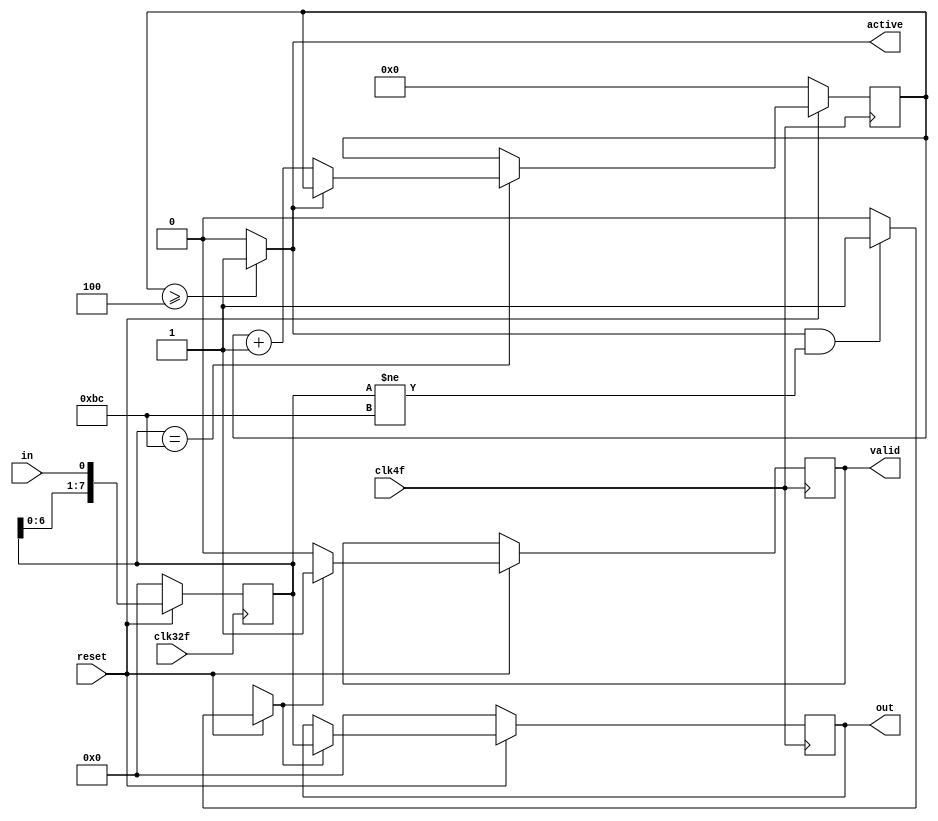
`timescale 1ns / 1ps


//////////////////////////////////////////////////////////////////////////////////
// Company: U.C.R E.I.E
// 
// Design Name: Serial to parallel Module 
// Module Name: Serial to parallel Module 
// Project Name: PHY Layer PCIe
// Target Devices: PCIe
// Tool Versions: Yosys 0.9 Iverolg release at 2020
// Description: 
// Dependencies:
// 
// Revision: 1.0  all good 
// Revision 0.01 - File Created
// Additional Comments: 
// 
//////////////////////////////////////////////////////////////////////////////////


module serieparalelo(
    
    // INPUTS
    input wire in,                          // entradas de 1 bit a 32f
    input wire clk32f,                      // f max
    input wire clk4f,                       // f del paralelo 32f/8 datos = 4f
    input wire reset,
    // OUTPUTS
    output reg [7:0] out,
    output reg valid,                            // salida dato valido
    output reg active
);   
    // INTERNAL/AUXILIARY
    reg [7:0] register;             // registro de datos de entrada a enviar
    reg [3:0] BC_counter;           // contador de Palabras BC 
    //reg active;                     // indica comunicacin activa entre los modulos
    reg valido;                      // valid del dato de salida
    
    always @( posedge clk32f ) begin
        if (~reset) begin
            register    <=  0;
        end else begin 
            register  <=  {register[6:0], in};  // registro desplazando bit a bit de entrada
        end
    end



    // POSEDGE CLKS
    always @(posedge clk4f) begin
        if (~reset) begin
            BC_counter   <=  0;          // condicion de reset para contador de BC
            valido       <=  0;          // set del valido de salida       
            out          <=  0;          // salida a cero 
        end else begin

        // contador de BC 
        if (register == 'hBC) begin
                if (~active) begin                  // si no hay active
                    BC_counter  <= BC_counter + 1;  // contador aumenta
                end
            end else begin
                BC_counter  <= BC_counter;          // se cumple la condicion de active, se mantiene BC = 4
            end

    // Condicional para valid
        if(active && register != 'hBC) begin        // si hay active y el registro indica una palabra diferente de BC
                valido = 1;                          // se valida el dato/palabra
            end else begin
                valido = 0;                          // en otro caso, no
            end

    // Salidas         
    if ( valido ) begin
        out <= register;                          // Trasegando dato
        valid <= 1;
        end else begin
            out <= out;                             // mantiene ultimo valor de salida en caso de valid = 0
            valid <= 0;
        end
    end
end

// inicia logica combinacional
always @(*) begin                   // logica para la senal de active
if(BC_counter >= 4) begin      // cuando se llega a 4 BC se activa active, en otro contador es cero, esto indica el control para el inicio de envio de palabras
    active = 1;
end else begin
     active = 0;
        end
    end

endmodule                   // serieparalelo